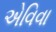
એવિવા